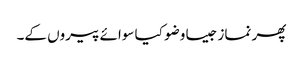
پھر نماز جیسا وضو کیا سوائے پیروں کے۔